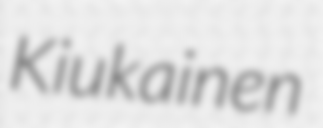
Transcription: Kiukainen